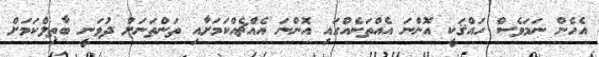
އެހެން ނަމަވެސް ހައްޤަކީ އޮންނަ އެއްތަނެއްގައި އޮންނަ އެއްޗެއްކަމަށާއި ތަންތަނަށް ދުވަނީ ބާޠިލްކަމަށް